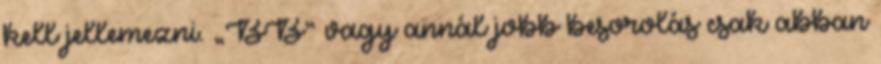
kell jellemezni. „BB” vagy annál jobb besorolás csak abban